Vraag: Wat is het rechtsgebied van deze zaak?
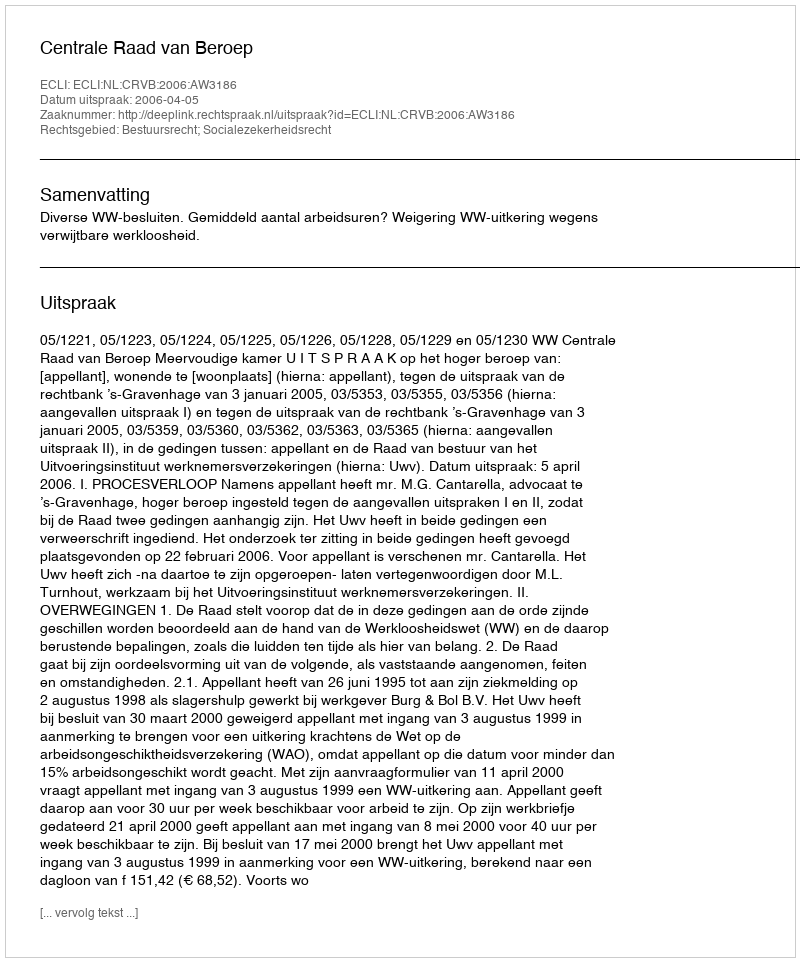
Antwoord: Bestuursrecht; Socialezekerheidsrecht